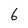
Character: 6